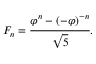
F _ { n } = { \cfrac { \varphi ^ { n } - ( - \varphi ) ^ { - n } } { \sqrt { 5 } } } .